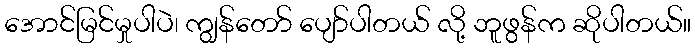
အောင်မြင်မှုပါပဲ၊ ကျွန်တော် ပျော်ပါတယ် လို့ ဘူဖွန်က ဆိုပါတယ်။